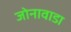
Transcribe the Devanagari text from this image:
जोनावाडा